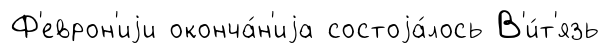
Ф'еврон'иjи оконча́н'иjа состоjа́лось В'и́т'язь